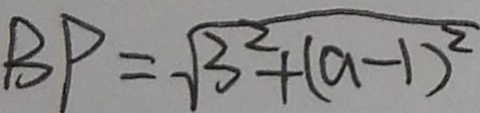
B P = \sqrt { 3 ^ { 2 } + ( a - 1 ) ^ { 2 } }